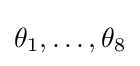
\theta _{1},\dots ,\theta _{8}